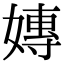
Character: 嫥